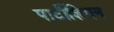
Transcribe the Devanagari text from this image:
पार्टीशियन